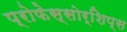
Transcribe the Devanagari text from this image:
प्रोफेस्सोर्शिप्स